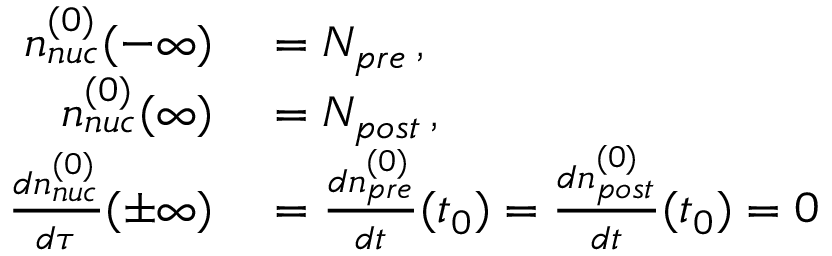
\begin{array} { r l } { n _ { n u c } ^ { ( 0 ) } ( - \infty ) } & { { } = N _ { p r e } \, , } \\ { n _ { n u c } ^ { ( 0 ) } ( \infty ) } & { { } = N _ { p o s t } \, , } \\ { { \frac { d n _ { n u c } ^ { ( 0 ) } } { d \tau } } ( \pm \infty ) } & { { } = { \frac { d n _ { p r e } ^ { ( 0 ) } } { d t } } ( t _ { 0 } ) = { \frac { d n _ { p o s t } ^ { ( 0 ) } } { d t } } ( t _ { 0 } ) = 0 } \end{array}